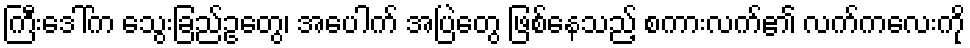
ကြီးဒေါ်က သွေးခြည်ဥတွေ၊ အပေါက် အပြဲတွေ ဖြစ်နေသည့် စကားလက်၏ လက်ကလေးကို